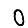
Digit: 0